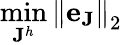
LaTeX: \operatorname*{min}_{\mathbf{J}^{h}}{\| \mathbf{e}_{\mathbf{J}}\| }_{2}